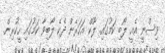
ވިސްނީ އެއީ ލޯބި ކަމުގައި. ލޫކް އަހަރެން ދެކެ ލޯބިވާ ކަމުގައި ހީކުރިން.